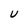
Character: U